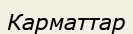
Карматтар